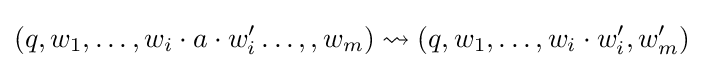
(q,w_{1},\dots ,w_{i}\cdot a\cdot w'_{i}\dots ,,w_{m})\rightsquigarrow (q,w_{1},\dots ,w_{i}\cdot w'_{i},w'_{m})